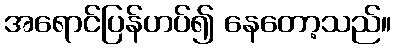
အရောင်ပြန်ဟပ်၍ နေတော့သည်။